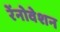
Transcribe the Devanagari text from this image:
रेंनोवेशन